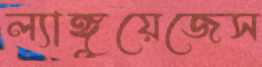
ল্যাঙ্গুয়েজেস